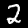
Digit: 2